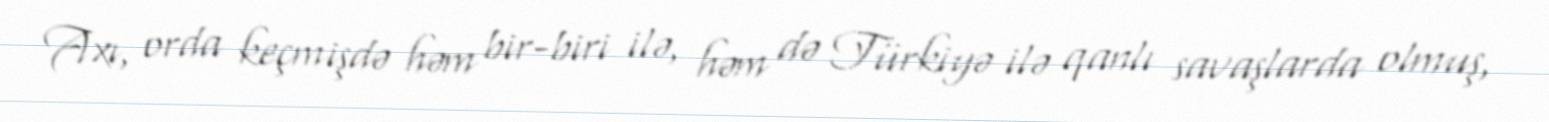
Axı, orda keçmişdə həm bir-biri ilə, həm də Türkiyə ilə qanlı savaşlarda olmuş,